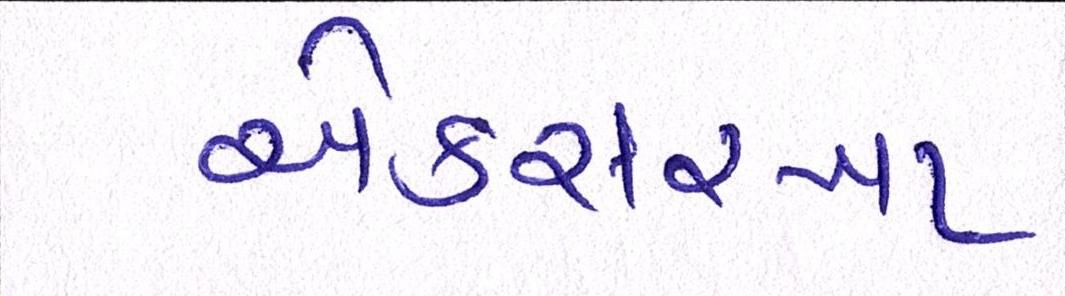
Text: એકસરખા